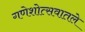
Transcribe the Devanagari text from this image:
गणेशोत्सवातले